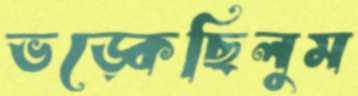
ভড়্‌কেছিলুম